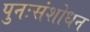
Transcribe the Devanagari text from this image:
पुनःसंशोधन